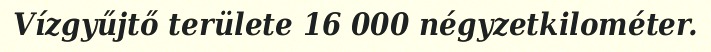
Vízgyűjtő területe 16 000 négyzetkilométer.